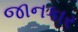
જાનકાર